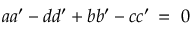
a a ^ { \prime } - d d ^ { \prime } + b b ^ { \prime } - c c ^ { \prime } \, = \, \, 0 \nonumber